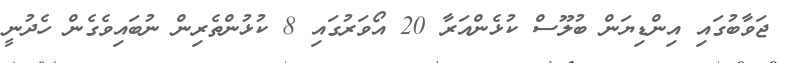
ޖަވާބުގައި އިންޑިޔަން ބުލޫސް ކުޅެންއަރާ 20 އޯވަރުގައި 8 ކުޅުންތެރިން ނުބައިވެގެން ހެދުނީ